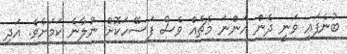
ބުނެފައި ވަނީ ދެން އަންނަ މެޗެއް ވެސް ފަސޭހަކޮށް ނުލާނެ ކަމަށެވެ. އަދި